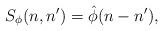
LaTeX: \begin{align*}S_\phi(n,n')=\hat{\phi}(n-n'),\end{align*}